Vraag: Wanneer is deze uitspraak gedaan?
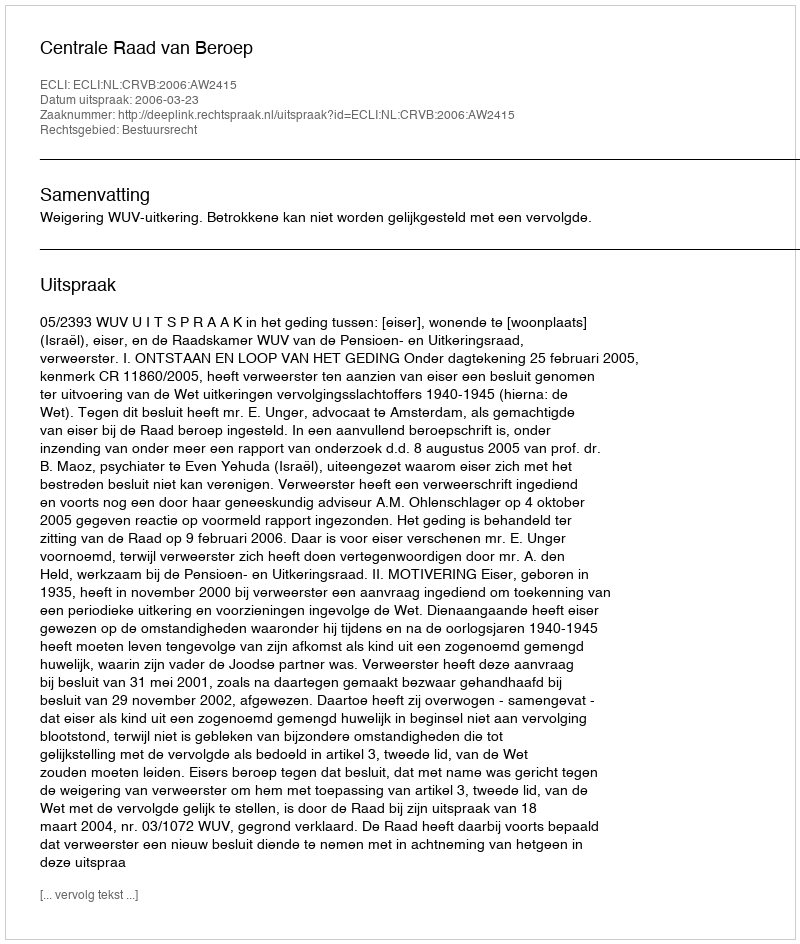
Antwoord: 2006-03-23